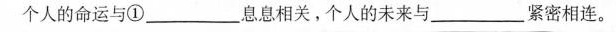
个人的命运与① ___息息相关。个人的未来与____紧密相连。